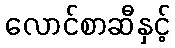
လောင်စာဆီနှင့်